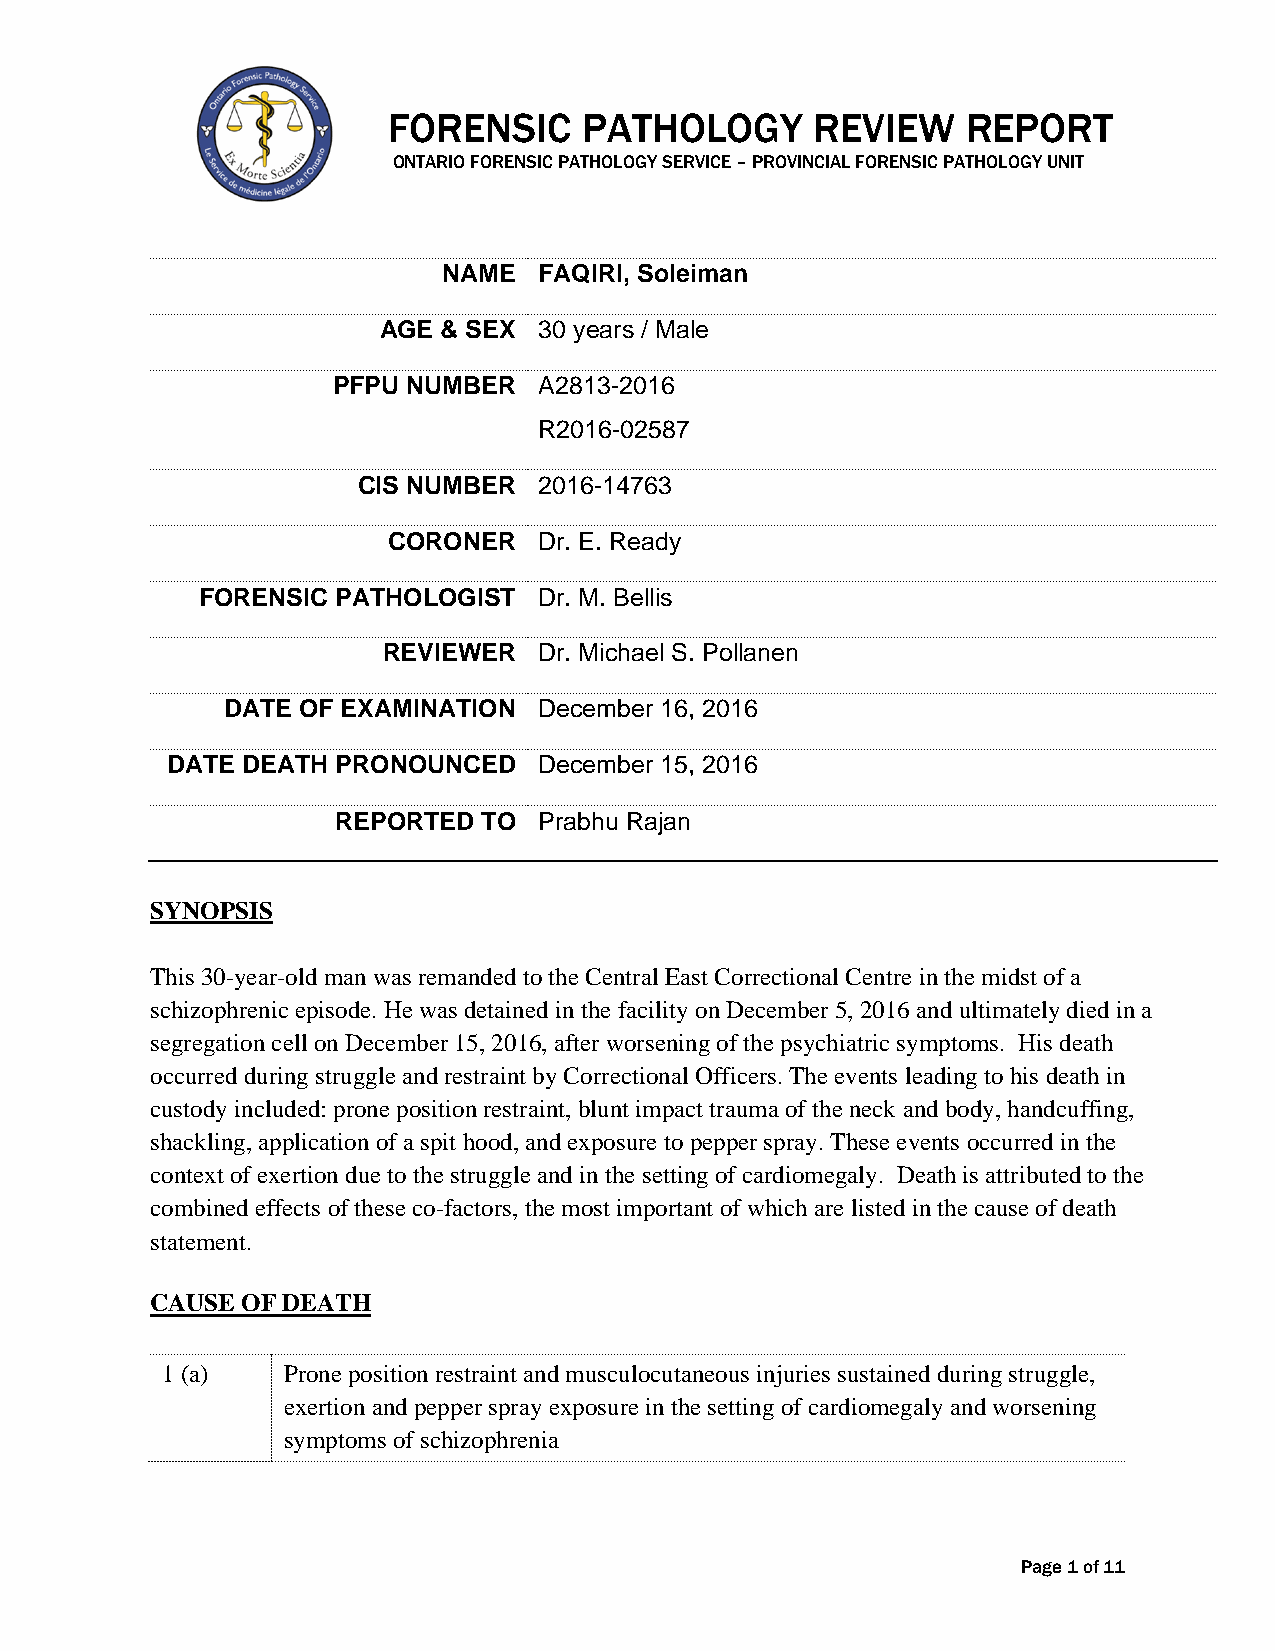
FORENSIC     PATHOLOGY      REVIEW    REPORT
 ONTARIO FORENSIC PATHOLOGY SERVICE – PROVINCIAL FORENSIC PATHOLOGY UNIT
 NAME   FAQIRI, Soleiman
 AGE & SEX  30 years / Male
 PFPU NUMBER   A2813-2016
 R2016-02587
 CIS NUMBER  2016-14763
 CORONER   Dr. E. Ready
 FORENSIC PATHOLOGIST   Dr. M. Bellis
 REVIEWER   Dr. Michael S. Pollanen
 DATE OF EXAMINATION  December 16, 2016
 DATE DEATH PRONOUNCED    December 15, 2016
 REPORTED  TO  Prabhu Rajan
 SYNOPSIS
 This 30-year-old man was remanded to the Central East Correctional Centre in the midst of a
 schizophrenic episode. He was detained in the facility on December 5, 2016 and ultimately died in a
 segregation cell on December 15, 2016, after worsening of the psychiatric symptoms. His death
 occurred during struggle and restraint by Correctional Officers. The events leading to his death in
 custody included: prone position restraint, blunt impact trauma of the neck and body, handcuffing,
 shackling, application of a spit hood, and exposure to pepper spray. These events occurred in the
 context of exertion due to the struggle and in the setting of cardiomegaly. Death is attributed to the
 combined effects of these co-factors, the most important of which are listed in the cause of death
 statement.
 CAUSE OF DEATH
 1 (a)   Prone position restraint and musculocutaneous injuries sustained during struggle,
 exertion and pepper spray exposure in the setting of cardiomegaly and worsening
 symptoms of schizophrenia
 Page 1 of 11